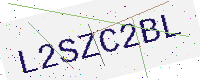
Text: L2SZC2BL